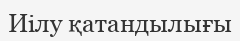
Иілу қатандылығы